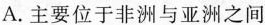
A.主要位于非洲与亚洲之间